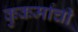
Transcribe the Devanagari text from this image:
कुकर्मांची